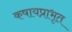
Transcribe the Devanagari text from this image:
कषायप्राभृत